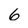
Character: 6